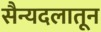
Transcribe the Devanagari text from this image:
सैन्यदलातून